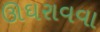
ઊઘરાવવા